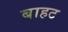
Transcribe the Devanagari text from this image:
बाहट